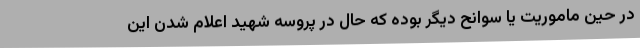
در حین ماموریت یا سوانح دیگر بوده که حال در پروسه شهید اعلام شدن این